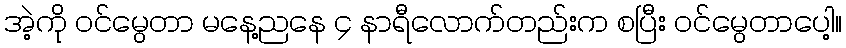
အဲ့ကို ဝင်မွေတာ မနေ့ညနေ ၄ နာရီလောက်တည်းက စပြီး ဝင်မွေတာပေါ့။